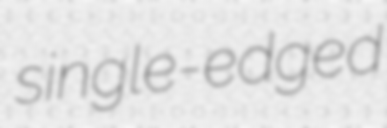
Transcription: single-edged